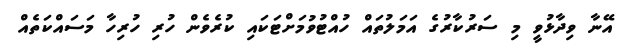
އޭނާ ވިދާޅުވީ މި ސަރުކާރުގެ އަމަލުތައް ހުއްޓުވުމަށްޓަކައި ކުރެވެން ހުރި ހުރިހާ މަސައްކަތެއް